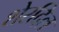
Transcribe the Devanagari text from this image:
शेरदिल